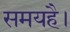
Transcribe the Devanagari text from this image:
समयहै।